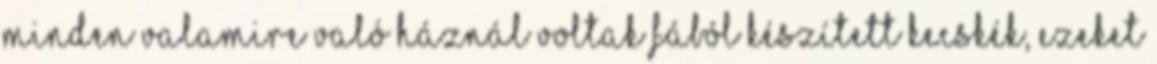
minden valamire való háznál voltak fából készített kecskék, ezeket